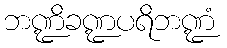
ဘဏ္ဍိခဏ္ဍပရိဘဏ္ဍံ